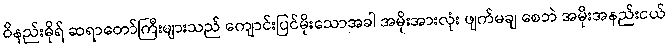
ဝိနည်းဓိုရ် ဆရာတော်ကြီးများသည် ကျောင်းပြင်မိုးသောအခါ အမိုးအားလုံး ဖျက်မချ စေဘဲ အမိုးအနည်းငယ်